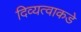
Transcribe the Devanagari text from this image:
दिव्यत्वाकडे